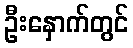
ဦးနှောက်တွင်